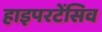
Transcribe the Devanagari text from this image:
हाइपरटेंसिव